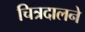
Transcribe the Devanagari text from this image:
चित्रदालने